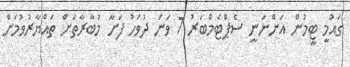
ގައުމީ ޓީމުން އަންނަނީ ސެޕްޓެމްބަރު 7 ވަނަ ދުވަހު ފަށާ މުބާރާތަށް ތައްޔާރުވުމަށް